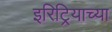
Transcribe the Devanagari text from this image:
इरिट्रियाच्या